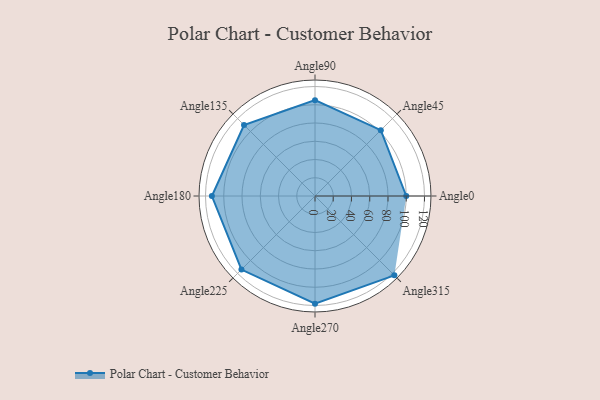
{"axis": {"x": "Angle", "y": "Radius"}, "legend": [""], "data": [{"x": "Angle0", "y": 100.0, "type": ""}, {"x": "Angle45", "y": 102.0, "type": ""}, {"x": "Angle90", "y": 105.0, "type": ""}, {"x": "Angle135", "y": 110.0, "type": ""}, {"x": "Angle180", "y": 113.0, "type": ""}, {"x": "Angle225", "y": 114.0, "type": ""}, {"x": "Angle270", "y": 118.0, "type": ""}, {"x": "Angle315", "y": 123.0, "type": ""}]}